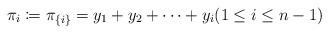
LaTeX: \begin{align*} \pi_i \coloneqq \pi_{\{i\}} = y_1+y_2+\cdots+y_i (1\le i\le n-1)\end{align*}